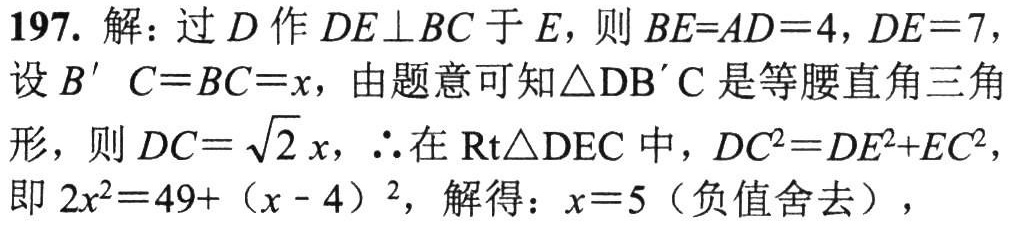
197. 解：过 \(D\) 作 \(DE\perp BC\) 于 \(E\)，则 \(BE = AD = 4\)，\(DE = 7\)，
设 \(B'C = BC=x\)，由题意可知\(\triangle DB'C\) 是等腰直角三角
形，则 \(DC=\sqrt{2}x\)，\(\therefore\)在 \(\text{Rt}\triangle DEC\) 中，\(DC^{2}=DE^{2}+EC^{2}\)，
即 \(2x^{2}=49+(x - 4)^{2}\)，解得：\(x = 5\)（负值舍去），